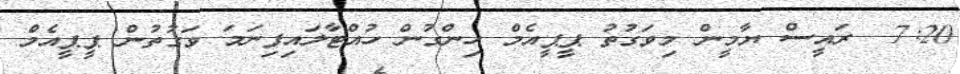
7:20  ރައީސް ޔާމީން މިވަގުތު ޕީޕީއެމް ހިންގުން ހުއްޓާލައިފިނަމަ ވަގުތުން ޕީޕީއެމް